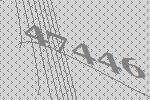
47446